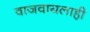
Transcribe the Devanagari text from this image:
वाजवायलाही